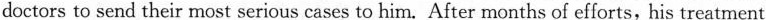
doctors to send their most serious cases to him. After months of efforts, his treatment